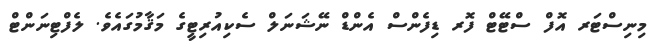
މިނިސްޓަރ އޮފް ސްޓޭޓް ފޮރ ޑިފެންސް އެންޑް ނޭޝަނަލް ސެކިއުރިޓީގެ މަޤާމުގައެވެ. ލެފްޓިނަންޓް